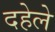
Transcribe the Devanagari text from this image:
दहेले